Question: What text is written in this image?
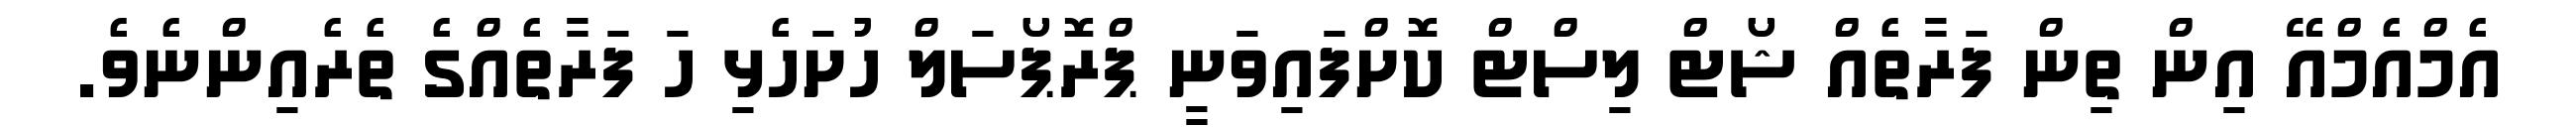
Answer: އެމްއެމްއޭ އިން ތިން ފަރާތެއް ޝޯޓް ލިސްޓް ކޮށްފައިވަނީ ޕްރޮޕޯސަލް ހުށަހެޅި ހަ ފަރާތެއްގެ ތެރެއިންނެވެ.